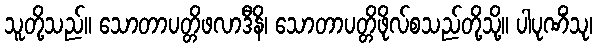
သူတို့သည်။ သောတာပတ္တိဖလာဒီနိ၊ သောတာပတ္တိဖိုလ်စသည်တို့သို့။ ပါပုဏိံသု၊